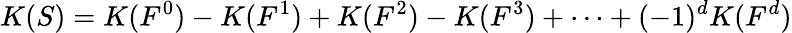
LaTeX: K(S)=K(F^{0})-K(F^{1})+K(F^{2})-K(F^{3})+\dots+(-1)^{d}K(F^{d})